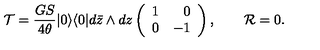
{ \cal T } = \frac { G S } { 4 \theta } | 0 \rangle \langle 0 | d \bar { z } \wedge d z \left( \begin{array} { r r } { 1 } & { 0 } \\ { 0 } & { - 1 } \\ \end{array} \right) , \qquad { \cal R } = 0 .